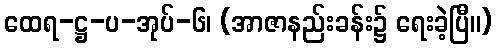
ထေရ-ဋ္ဌ-ပ-အုပ်-၆၊ (အာဇာနည်းခန်း၌ ရေးခဲ့ပြီ။)